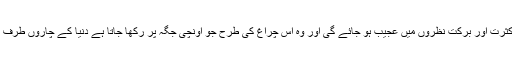
وہ خود اس کی آبپاشی کرے گا ، اور اس کو نشوونما دے گا ، یہاںتک کہ ان کی کثرت اور برکت نظروں میں عجیب ہو جائے گی اور وہ اس چراغ کی طرح جو اونچی جگہ پر رکھا جاتا ہے دنیا کے چاروں طرف اپنی روشنی پھیلا ئیں گے، اور اسلامی برکات کے لیے بطور نمونہ ٹھہریں گے ۔